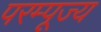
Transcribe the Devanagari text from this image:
परम्पूज्य